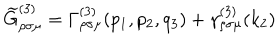
\widetilde { G } _ { \rho \sigma \mu } ^ { ( 3 ) } = \Gamma _ { \rho \sigma \mu } ^ { ( 3 ) } ( p _ { 1 } , p _ { 2 } , q _ { 3 } ) + \gamma _ { \rho \sigma \mu } ^ { ( 3 ) } ( k _ { 2 } )